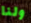
ولنا